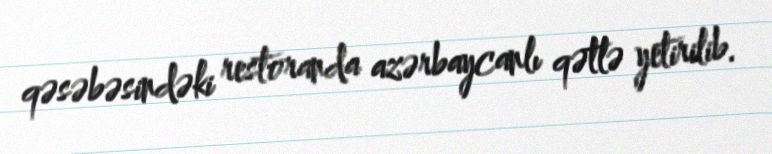
qəsəbəsindəki restoranda azərbaycanlı qətlə yetirilib.